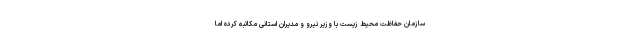
سازمان حفاظت محیط زیست با وزیر نیرو و مدیران استانی مکاتبه کرده اما